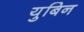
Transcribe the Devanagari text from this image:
युबिन